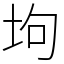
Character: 坸